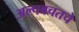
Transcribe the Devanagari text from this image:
अल्पबचतचे